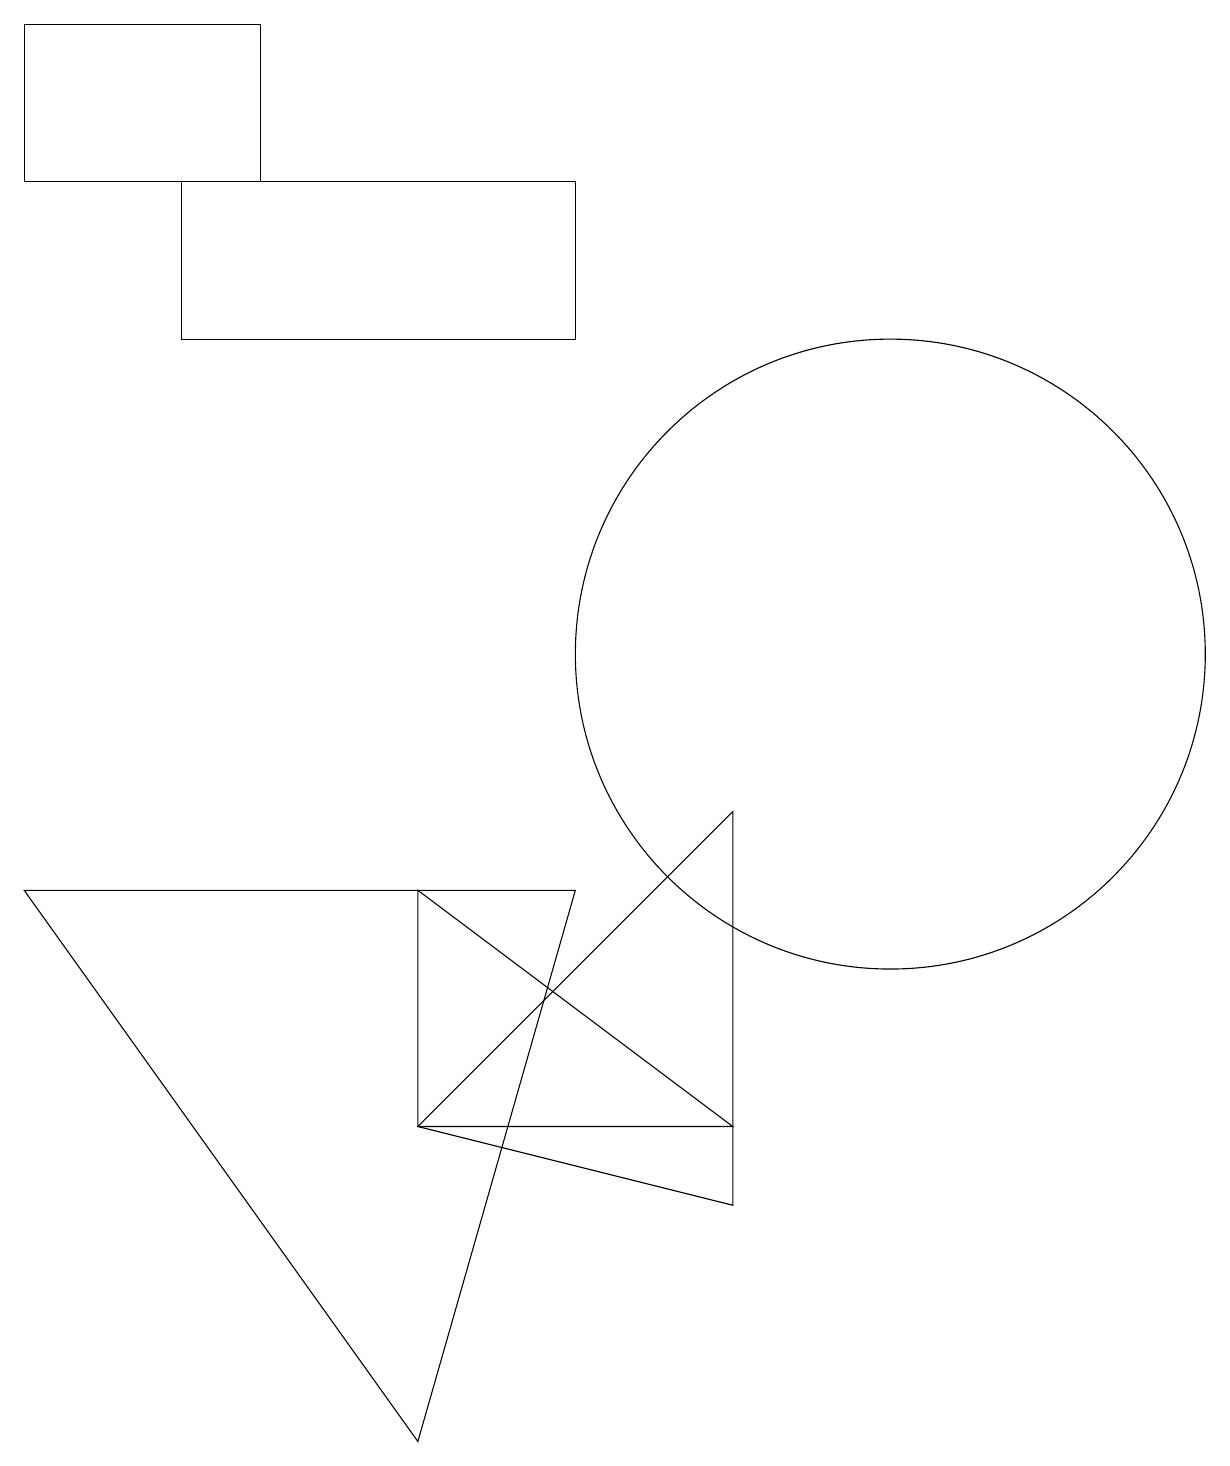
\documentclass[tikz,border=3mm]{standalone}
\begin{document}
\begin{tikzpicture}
\draw (9,4) -- (5,7) -- (5,4) -- cycle;
\draw (3,16) rectangle (0,18);
\draw (5,4) -- (9,3) -- (9,8) -- cycle;
\draw (5,0) -- (7,7) -- (0,7) -- cycle;
\draw (11,10) circle (4);
\draw (7,14) rectangle (2,16);
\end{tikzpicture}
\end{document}